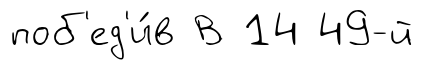
поб'ед'и́в В 14 49-й